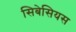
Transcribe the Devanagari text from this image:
सिबेसियस